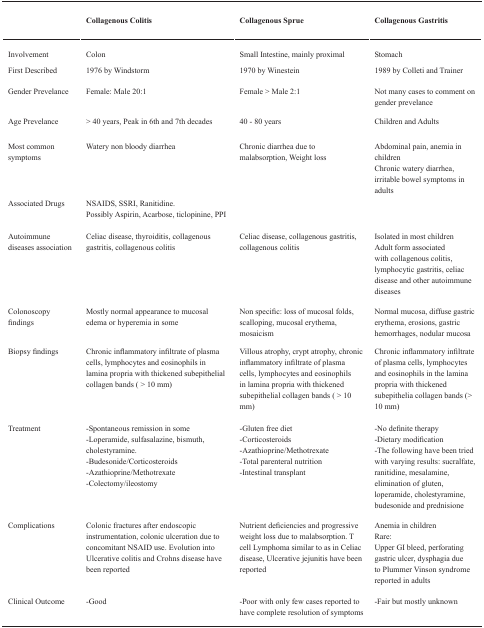
<table><thead><tr><td></td><td><b>Collagenous Colitis</b></td><td><b>Collagenous Sprue</b></td><td><b>Collagenous Gastritis</b></td></tr></thead><tbody><tr><td>Involvement</td><td>Colon</td><td>Small Intestine, mainly proximal</td><td>Stomach</td></tr><tr><td>First Described</td><td>1976 by Windstorm</td><td>1970 by Winestein</td><td>1989 by Colleti and Trainer</td></tr><tr><td>Gender Prevelance</td><td>Female: Male 20:1</td><td>Female &gt; Male 2:1</td><td>Not many cases to comment on gender prevelance</td></tr><tr><td>Age Prevelance</td><td>&gt; 40 years, Peak in 6th and 7th decades</td><td>40 - 80 years</td><td>Children and Adults</td></tr><tr><td>Most common symptoms</td><td>Watery non bloody diarrhea</td><td>Chronic diarrhea due to malabsorption, Weight loss</td><td>Abdominal pain, anemia in childrenChronic watery diarrhea, irritable bowel symptoms in adults</td></tr><tr><td>Associated Drugs</td><td>NSAIDS, SSRI, Ranitidine.Possibly Aspirin, Acarbose, ticlopinine, PPI</td><td></td><td></td></tr><tr><td>Autoimmune diseases association</td><td>Celiac disease, thyroiditis, collagenous gastritis, collagenous colitis</td><td>Celiac disease, collagenous gastritis, collagenous colitis</td><td>Isolated in most childrenAdult form associated with collagenous colitis, lymphocytic gastritis, celiac disease and other autoimmune diseases</td></tr><tr><td>Colonoscopy findings</td><td>Mostly normal appearance to mucosal edema or hyperemia in some</td><td>Non specific: loss of mucosal folds, scalloping, mucosal erythema, mosaicism</td><td>Normal mucosa, diffuse gastric erythema, erosions, gastric hemorrhages, nodular mucosa</td></tr><tr><td>Biopsy findings</td><td>Chronic inflammatory infiltrate of plasma cells, lymphocytes and eosinophils in lamina propria with thickened subepithelial collagen bands ( &gt; 10 mm)</td><td>Villous atrophy, crypt atrophy, chronic inflammatory infiltrate of plasma cells, lymphocytes and eosinophils in lamina propria with thickened subepithelial collagen bands ( &gt; 10 mm)</td><td>Chronic inflammatory infiltrate of plasma cells, lymphocytes and eosinophils in the lamina propria with thickened subepithelia collagen bands (&gt; 10 mm)</td></tr><tr><td>Treatment</td><td>-Spontaneous remission in some-Loperamide, sulfasalazine, bismuth, cholestyramine.-Budesonide/Corticosteroids-Azathioprine/Methotrexate-Colectomy/ileostomy</td><td>-Gluten free diet-Corticosteroids-Azathioprine/Methotrexate-Total parenteral nutrition-Intestinal transplant</td><td>-No definite therapy-Dietary modification-The following have been tried with varying results: sucralfate, ranitidine, mesalamine, elimination of gluten, loperamide, cholestyramine, budesonide and prednisione</td></tr><tr><td>Complications</td><td>Colonic fractures after endoscopic instrumentation, colonic ulceration due to concomitant NSAID use. Evolution into Ulcerative colitis and Crohns disease have been reported</td><td>Nutrient deficiencies and progressive weight loss due to malabsorption. T cell Lymphoma similar to as in Celiac disease, Ulcerative jejunitis have been reported</td><td>Anemia in childrenRare:Upper GI bleed, perforating gastric ulcer, dysphagia due to Plummer Vinson syndrome reported in adults</td></tr><tr><td>Clinical Outcome</td><td>-Good</td><td>-Poor with only few cases reported to have complete resolution of symptoms</td><td>-Fair but mostly unknown</td></tr></tbody></table>